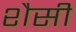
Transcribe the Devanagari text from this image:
शैसी